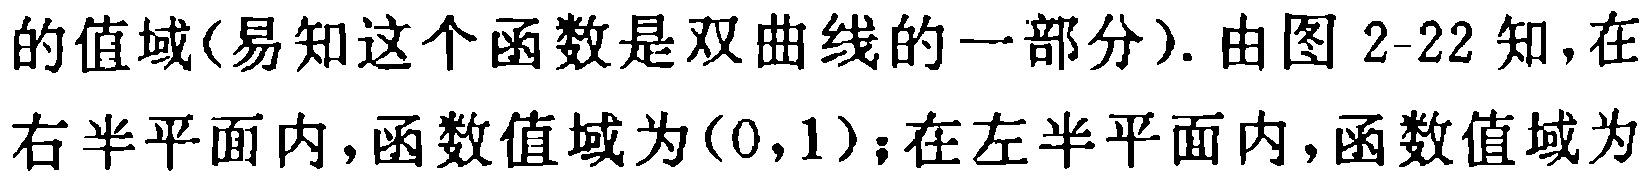
的值域(易知这个函数是双曲线的一部分). 由图 2-22 知,在右半平面内,函数值域为\((0,1)\);在左半平面内,函数值域为